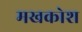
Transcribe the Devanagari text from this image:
मखकोश